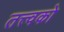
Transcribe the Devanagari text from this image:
तत्त्वको